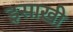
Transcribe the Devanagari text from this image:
इसाखी